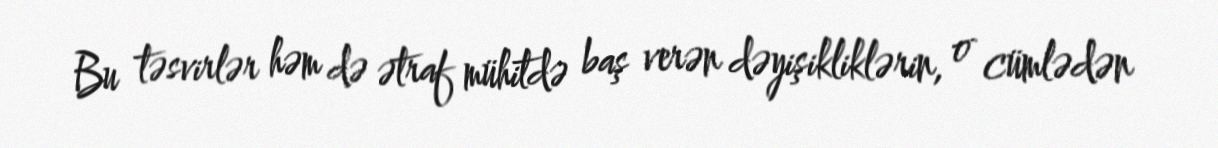
Bu təsvirlər həm də ətraf mühitdə baş verən dəyişikliklərin, o cümlədən